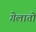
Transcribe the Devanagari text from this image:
गेलातो